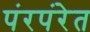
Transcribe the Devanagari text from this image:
पंरपंरेत